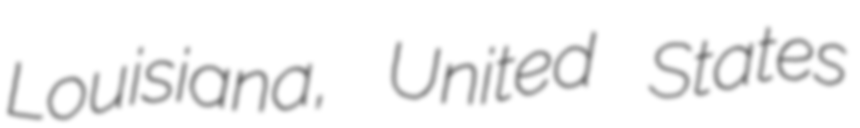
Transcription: Louisiana, United States